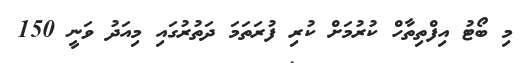
މި ބޯޓު އިފްތިތާހް ކުރުމަށް ކުރި ފުރަތަމަ ދަތުރުގައި މިއަދު ވަނީ 150